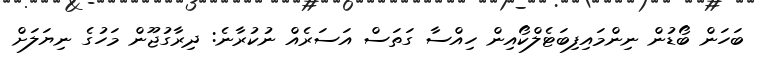
ބަހަން ބޯޑުން ނިންމައިފިބަޓެލްކޯއިން ހިއްސާ ގަތަސް އަސަރެއް ނުކުރާނެ: ދިރާގުޖޫން މަހުގެ ނިޔަލަށް